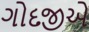
ગોદજીએ